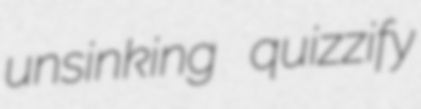
unsinking quizzify